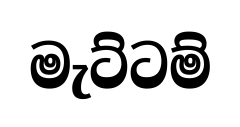
මැට්ටම්